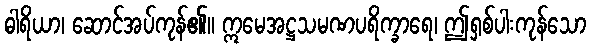
ဓါရိယာ၊ ဆောင်အပ်ကုန်၏။ ဣမေအဋ္ဌသမဏပရိက္ခာရေ၊ ဤရှစ်ပါးကုန်သော